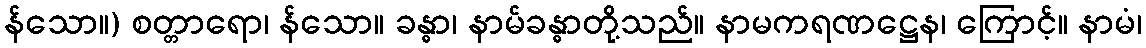
န်သော။) စတ္တာရော၊ န်သော။ ခန္ဓာ၊ နာမ်ခန္ဓာတို့သည်။ နာမကရဏဋ္ဌေန၊ ကြောင့်။ နာမံ၊